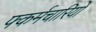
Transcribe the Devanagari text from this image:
फ्कर्मचारियों